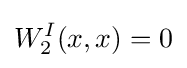
W_{2}^{I}(x,x)=0